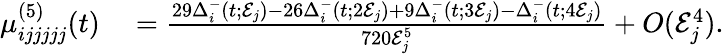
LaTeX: \begin{array}{rl}{\mu_{ijjjjj}^{(5)}(t)}&{{}=\frac{29\Delta_{i}^{-}(t;\mathcal{E}_{j})-26\Delta_{i}^{-}(t;2\mathcal{E}_{j})+9\Delta_{i}^{-}(t;3\mathcal{E}_{j})-\Delta_{i}^{-}(t;4\mathcal{E}_{j})}{720\mathcal{E}_{j}^{5}}+O(\mathcal{E}_{j}^{4}).}\end{array}